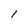
Character: 1